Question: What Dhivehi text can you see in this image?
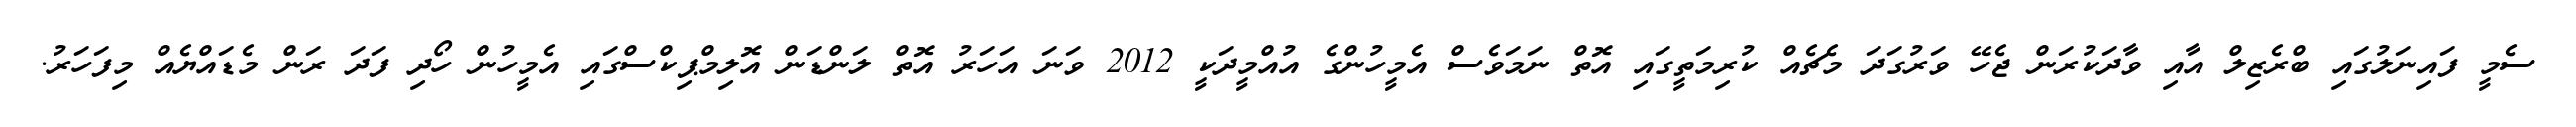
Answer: ސެމީ ފައިނަލުގައި ބްރެޒިލް އާއި ވާދަކުރަން ޖެހޭ ވަރުގަދަ މެޗެއް ކުރިމަތީގައި އޮތް ނަމަވެސް އެމީހުންގެ އުއްމީދަކީ 2012 ވަނަ އަހަރު އޮތް ލަންޑަން އޮލިމްޕިކްސްގައި އެމީހުން ހޯދި ފަދަ ރަން މެޑައްޔެއް މިފަހަރު.